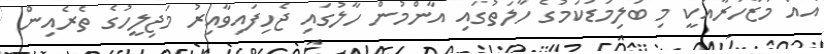
އެއް މުޒާހަރާއަކީ މި ބަލިމަޑުކަމުގެ ހާލަތުގައި އާންމުން ހާލުގައި ޖެހިފައިވާއިރު މަޖިލީހުގެ ތެރެއިން